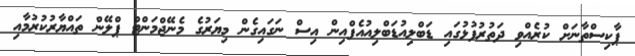
ޕާކިސްތާނަށް ކުރެއްވި ދަތުރުފުޅުގައި ޑަބްލިއުޑަބްލިއުއެފްއިން އިސް ނަގައިގެން މިޔަރުގެ މެނޭޖްމަންޓް ޕްލޭން ތައްޔާރުކުރުމާއި